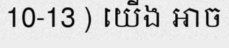
10-13 ) យើង អាច